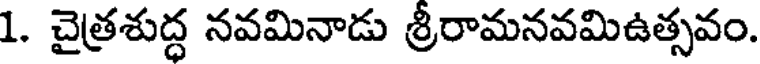
1. చైత్రశుద్ధ నవమినాడు శ్రీరామనవమిఉత్సవం.